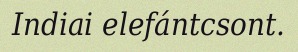
Indiai elefántcsont.